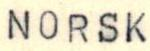
NORSK